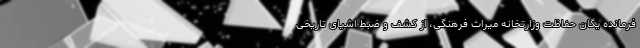
فرمانده یگان حفاظت وزارتخانه میراث فرهنگی، از کشف و ضبط اشیای تاریخی